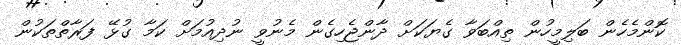
ކޮންމެހެން ބަލިމީހުން ތިއްބަވާ ގެޔަކަށް ދާންޖެހިގެން މެނުވީ ނުދިއުމަށް ކަމާ ގުޅޭ ފަރާތްތަކުން